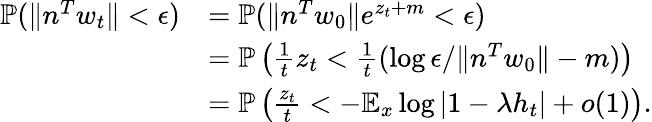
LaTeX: \begin{array}{rl}{\mathbb{P}(\| n^{T}w_{t}\| <\epsilon)}&{=\mathbb{P}(\| n^{T}w_{0}\| e^{z_{t}+m}<\epsilon)}\\ &{=\mathbb{P}\left(\frac{1}{{t}}z_{t}<\frac{1}{{t}}(\log\epsilon/\| n^{T}w_{0}\| -m)\right)}\\ &{=\mathbb{P}\left(\frac{z_{t}}{t}<-\mathbb{E}_{x}\log|1-\lambda h_{t}|+o(1)\right).}\end{array}